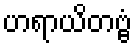
ဟရာယိတဗ္ဗံ